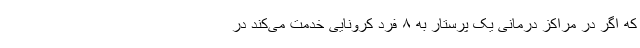
که اگر در مراکز درمانی یک پرستار به ۸ فرد کرونایی خدمت می‌کند در